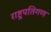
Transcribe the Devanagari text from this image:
राष्ट्रपतिगण